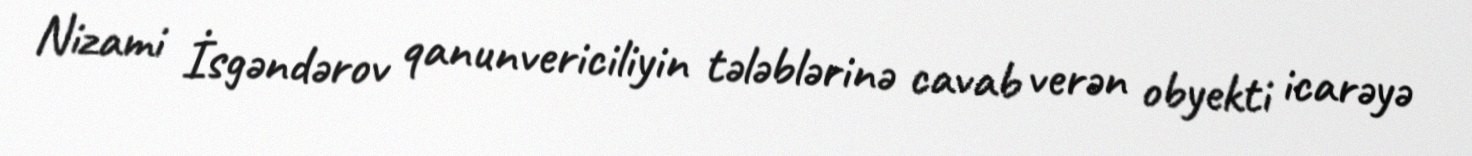
Nizami İsgəndərov qanunvericiliyin tələblərinə cavab verən obyekti icarəyə